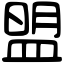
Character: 盟